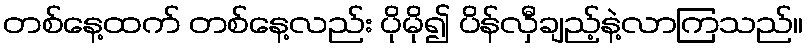
တစ်နေ့ထက် တစ်နေ့လည်း ပိုမို၍ ပိန်လှီချည့်နဲ့လာကြသည်။